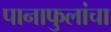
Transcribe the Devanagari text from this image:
पानाफुलांचा